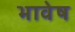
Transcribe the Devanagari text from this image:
भावेष